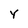
Character: Y